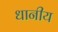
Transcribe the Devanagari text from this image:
धानीय